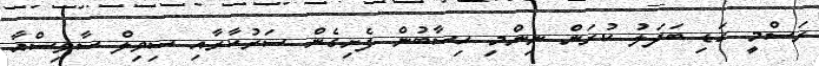
ރަސްމީ ގަޑި ބަދަލު ކުރަން ނިންމި ހިސާބުން ފެށިގެން ސަރުކާރާއި ސިވިލް ސާވިސްއާ